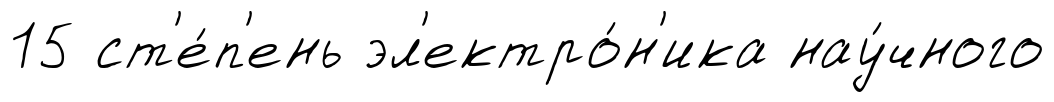
15 ст'е́п'ень эл'ектро́н'ика нау́чного